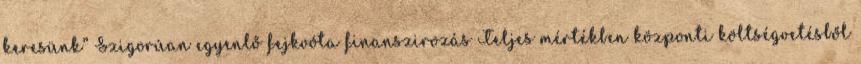
keresünk” Szigorúan egyenlő fejkvóta finanszirozás Teljes mértékben központi költségvetésből